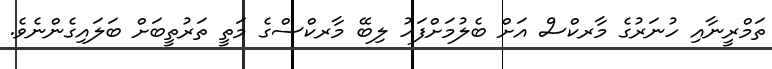
ތަމްރީނާއި ހުނަރުގެ މާރކްސް އަށް ބެލުމަށްފަހު ލިބޭ މާރކްސްގެ މަތީ ތަރުތީބަށް ބަލައިގެންނެވެ.